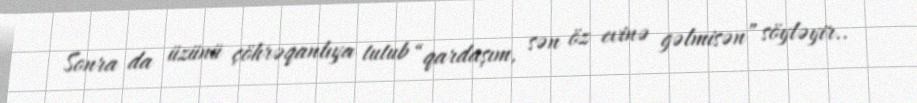
Sonra da üzünü çöhrəqanlıya tutub “qardaşım, sən öz evinə gəlmisən” söyləyir..